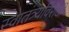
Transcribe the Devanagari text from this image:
स्वातंत्र्यविरोधी